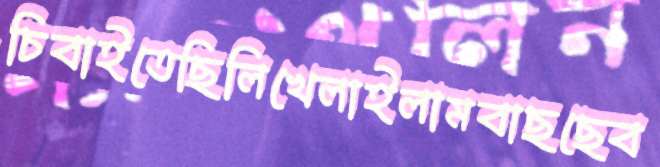
চিবাইতেছিলিখেলাইলামবাছছেব